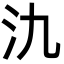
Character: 氿